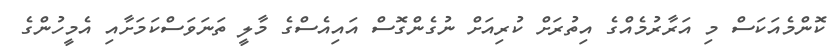
ކޮންމެއަކަސް މި އަރާރުމެއްގެ އިތުރަށް ކުރިއަށް ނުގެންގޮސް އައިއެސްގެ މާލީ ތަނަވަސްކަމަށާއި އެމީހުންގެ